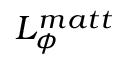
L _ { \phi } ^ { m a t t }